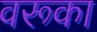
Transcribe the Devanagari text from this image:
वरूका